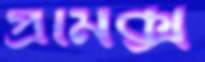
প্রমিক্স